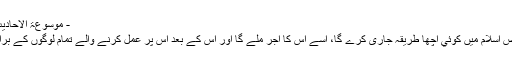
- موسوعۃ الاحادیث النبویہ مترجم
حدیث: جو شخص اسلام میں کوئي اچھا طریقہ جاری کرے گا، اسے اس کا اجر ملے گا اور اس کے بعد اس پر عمل کرنے والے تمام لوگوں کے برابر اجر ملے گا۔